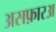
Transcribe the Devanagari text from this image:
असफ़ारअ